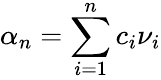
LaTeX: \alpha_{n}=\sum_{i=1}^{n}c_{i}\nu_{i}